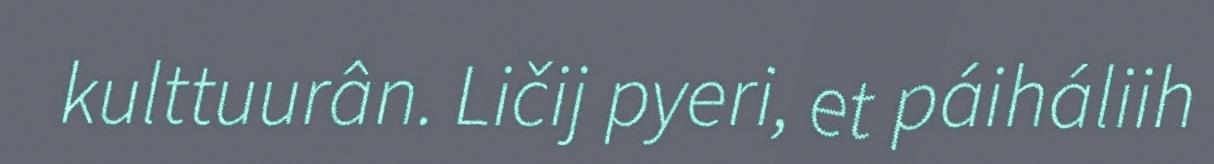
kulttuurân. Ličij pyeri, et páiháliih